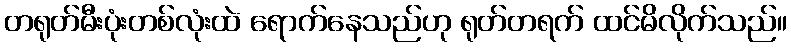
တရုတ်မီးပုံးတစ်လုံးထဲ ရောက်နေသည်ဟု ရုတ်တရက် ထင်မိလိုက်သည်။